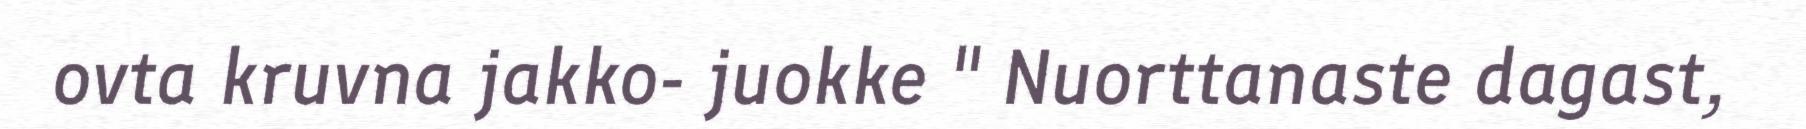
ovta kruvna jakko- juokke " Nuorttanaste dagast,